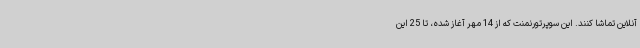
آنلاین تماشا کنند. این سوپرتورنمنت که از 14 مهر آغاز شده، تا 25 این